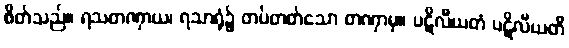
စိတ်သည်။ ရသတဏှာယ၊ ရသာရုံ၌ တပ်တတ်သော တဏှာမှ။ ပဋိလီယတံ ပဋိလီယတိ